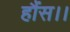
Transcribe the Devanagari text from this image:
हौंस।।